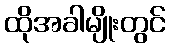
ထိုအခါမျိုးတွင်